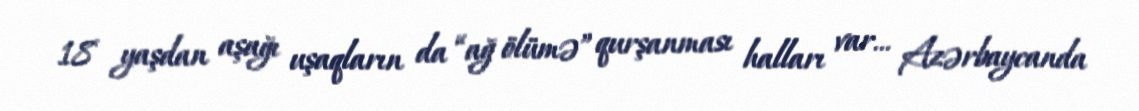
18 yaşdan aşağı uşaqların da “ağ ölümə” qurşanması halları var... Azərbaycanda